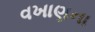
વખાણના